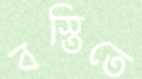
বস্তিতে